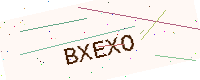
Text: BXEXO